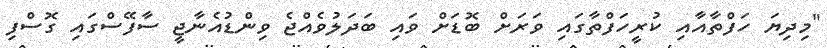
"މިދިޔަ ހަފްތާއާއި ކުރީހަފްތާގައި ވަރަށް ބޮޑަށް ވައި ބަދަލުވެއްޖެ ވިންޑުއެނާޖީ ސާފޭސްގައި ގޮސްފި